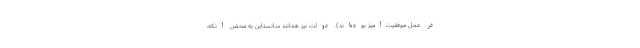
در عمل موفقیت‌آمیز بوده‌اند). دولت نیز همانند سانستاین به محض آنکه،